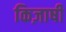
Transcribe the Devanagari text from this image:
किज़ाषी